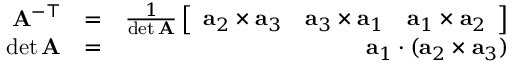
\begin{array} { r l r } { \mathbf { A } ^ { - \top } } & { = } & { \frac { 1 } { \operatorname* { d e t } \mathbf { A } } \left[ \begin{array} { c c c } { \mathbf { a } _ { 2 } \times \mathbf { a } _ { 3 } } & { \mathbf { a } _ { 3 } \times \mathbf { a } _ { 1 } } & { \mathbf { a } _ { 1 } \times \mathbf { a } _ { 2 } } \end{array} \right] } \\ { \operatorname* { d e t } \mathbf { A } } & { = } & { \mathbf { a } _ { 1 } \cdot ( \mathbf { a } _ { 2 } \times \mathbf { a } _ { 3 } ) } \end{array}